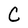
Character: C